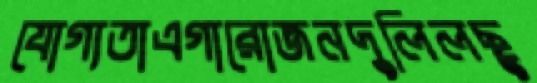
যোগ্যতাএগারোজনদুলিলছু